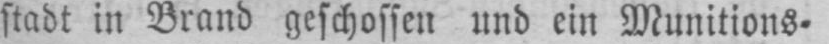
stadt in Brand geschossen und ein Munitions⸗